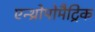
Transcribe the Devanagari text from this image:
एन्थ्रोपोमैट्रिक